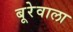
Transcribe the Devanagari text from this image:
बूरेवाला